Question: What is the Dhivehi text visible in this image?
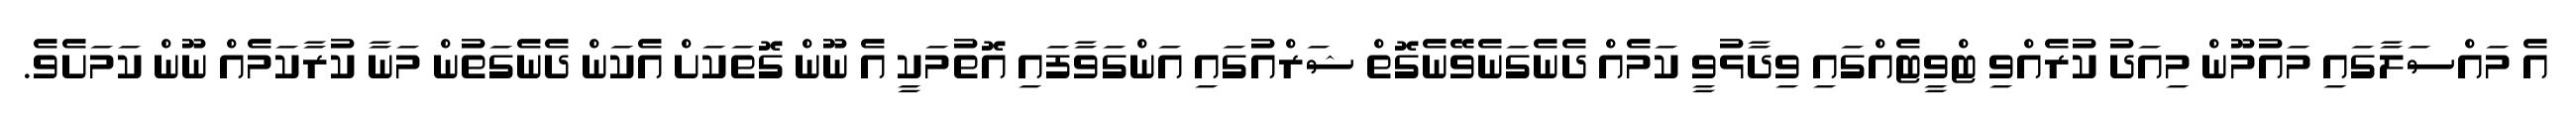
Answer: އެ މައްސަލާގައި މައުމޫން މިއަދު ކުރެއްވި ޓްވީޓެއްގައި ވިދާޅުވީ ކަމެއް ދެނެގަނެވޭނެގޮތް ޝަރްއުގައި އަންގަވާފައި އޮތުމަކީ އެ ނޫން ގޮތަކަށް އެކަން ދެނެގަތުން މަނާ ކުރާކަމެއް ނޫން ކަމަށެވެ.